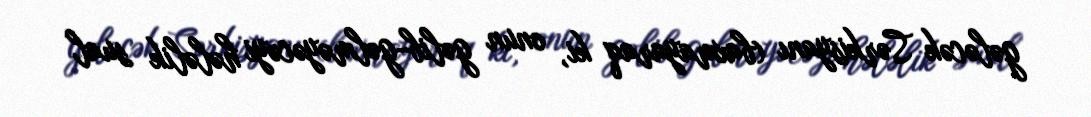
gələcək Sərkisyanı (baxmayaraq ki, onun gəlib-gəlməyəcəyi hələlik sual